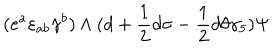
( e ^ { a } \varepsilon _ { a b } \gamma ^ { b } ) \wedge ( d + { \frac { 1 } { 2 } } d \sigma - { \frac { 1 } { 2 } } d \theta \gamma _ { 5 } ) \Psi